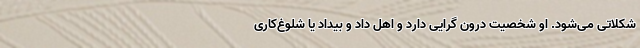
شکلاتی می‌شود. او شخصیت درون گرایی دارد و اهل داد و بیداد یا شلوغ‌کاری